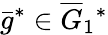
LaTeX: \bar{g}^{*}\in\overline{{G}}_{1}{}^{*}